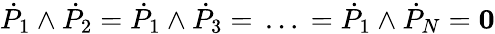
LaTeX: {\dot{P}}_{1}\wedge{\dot{P}}_{2}={\dot{P}}_{1}\wedge{\dot{P}}_{3}=\, \dots\, ={\dot{P}}_{1}\wedge{\dot{P}}_{N}={\mathbf 0}